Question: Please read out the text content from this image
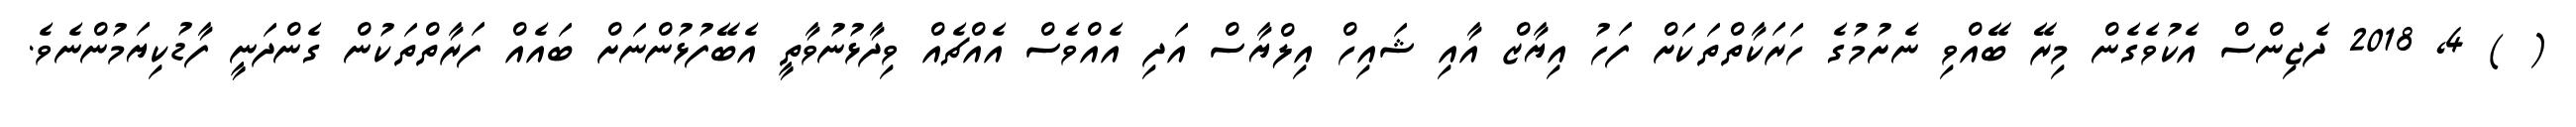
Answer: ( ) 4, 2018 ދެޖިންސް އެކުވެގެން މިރޭ ބޭއްވި ނެށުމުގެ ހަރަކާތްތަކަށް ފަހު އިޔާޒް އާއި ޝައިހް އިލްޔާސް އަދި އެއްވެސް އެއްޗެއް ވިދާޅުނުވާތީ އެބޭފުޅުންނަށް ބައެއް ފަރާތްތަކުން ގެންދަނީ ފާޑުކިޔަމުންނެވެ.